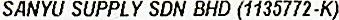
SANYU SUPPLY SDN BHD (1135772-K)